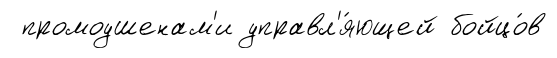
промоушенам'и управл'я́ющей бойцо́в